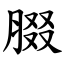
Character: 腏